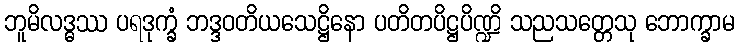
ဘူမိလဒ္ဓဿ ပရဒုက္ခံ ဘဒ္ဒဝတိယသေဋ္ဌိနော ပတိတပိဋ္ဌပိဏ္ဍိ သညသတ္တေသု ဘောက္ခာမ